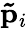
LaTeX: \mathbf{\tilde{p}}_{i}